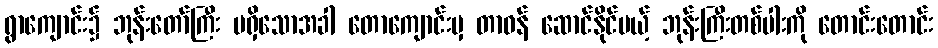
ရွာကျောင်း၌ ဘုန်းတော်ကြီး မရှိသောအခါ တောကျောင်းမှ တာဝန် ဆောင်နိုင်မယ့် ဘုန်းကြီးတစ်ပါးကို တောင်းတောင်း